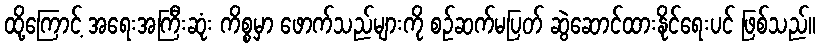
ထို့ကြောင့် အရေးအကြီးဆုံး ကိစ္စမှာ ဖောက်သည်များကို စဉ်ဆက်မပြတ် ဆွဲဆောင်ထားနိုင်ရေးပင် ဖြစ်သည်။